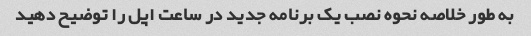
به طور خلاصه نحوه نصب یک برنامه جدید در ساعت اپل را توضیح دهید